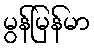
မွန်မြန်မာ